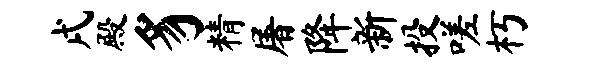
戌殿豸精屠降新投嗟朽